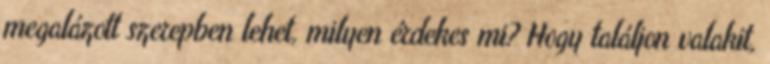
megalázott szerepben lehet, milyen érdekes mi? Hogy találjon valakit,